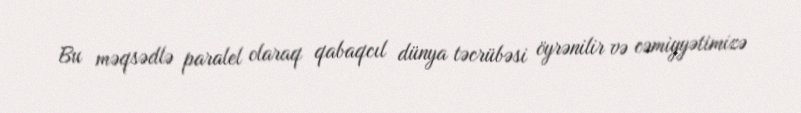
Bu məqsədlə paralel olaraq qabaqcıl dünya təcrübəsi öyrənilir və cəmiyyətimizə